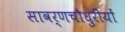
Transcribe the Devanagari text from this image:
सावर्णचौधुरीयों